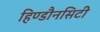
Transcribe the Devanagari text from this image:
हिण्डौनसिटी